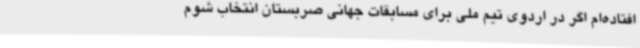
افتاده‌ام اگر در اردوی تیم ملی برای مسابقات جهانی صربستان انتخاب شوم